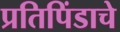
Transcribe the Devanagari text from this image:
प्रतिपिंडाचे